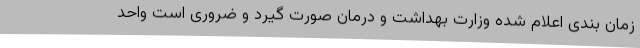
زمان بندی اعلام شده وزارت بهداشت و درمان صورت گیرد و ضروری است واحد